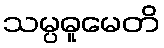
သမ္ပဓူမေတိ